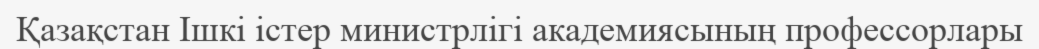
Қазақстан Ішкі істер министрлігі академиясының профессорлары